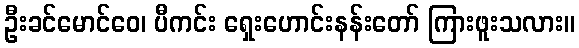
ဦးခင်မောင်ဝေ၊ ပီကင်း ရှေးဟောင်းနန်းတော် ကြားဖူးသလား။